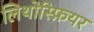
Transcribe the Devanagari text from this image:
लिथोस्फ़ियर